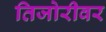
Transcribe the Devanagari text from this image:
तिजोरीवर